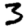
Digit: 3